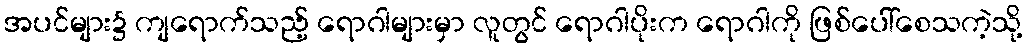
အပင်များ၌ ကျရောက်သည့် ရောဂါများမှာ လူတွင် ရောဂါပိုးက ရောဂါကို ဖြစ်ပေါ်စေသကဲ့သို့